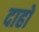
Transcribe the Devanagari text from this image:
दाहो